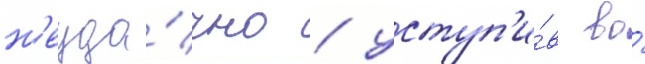
н'еуда́чно / уступ'и́в во́